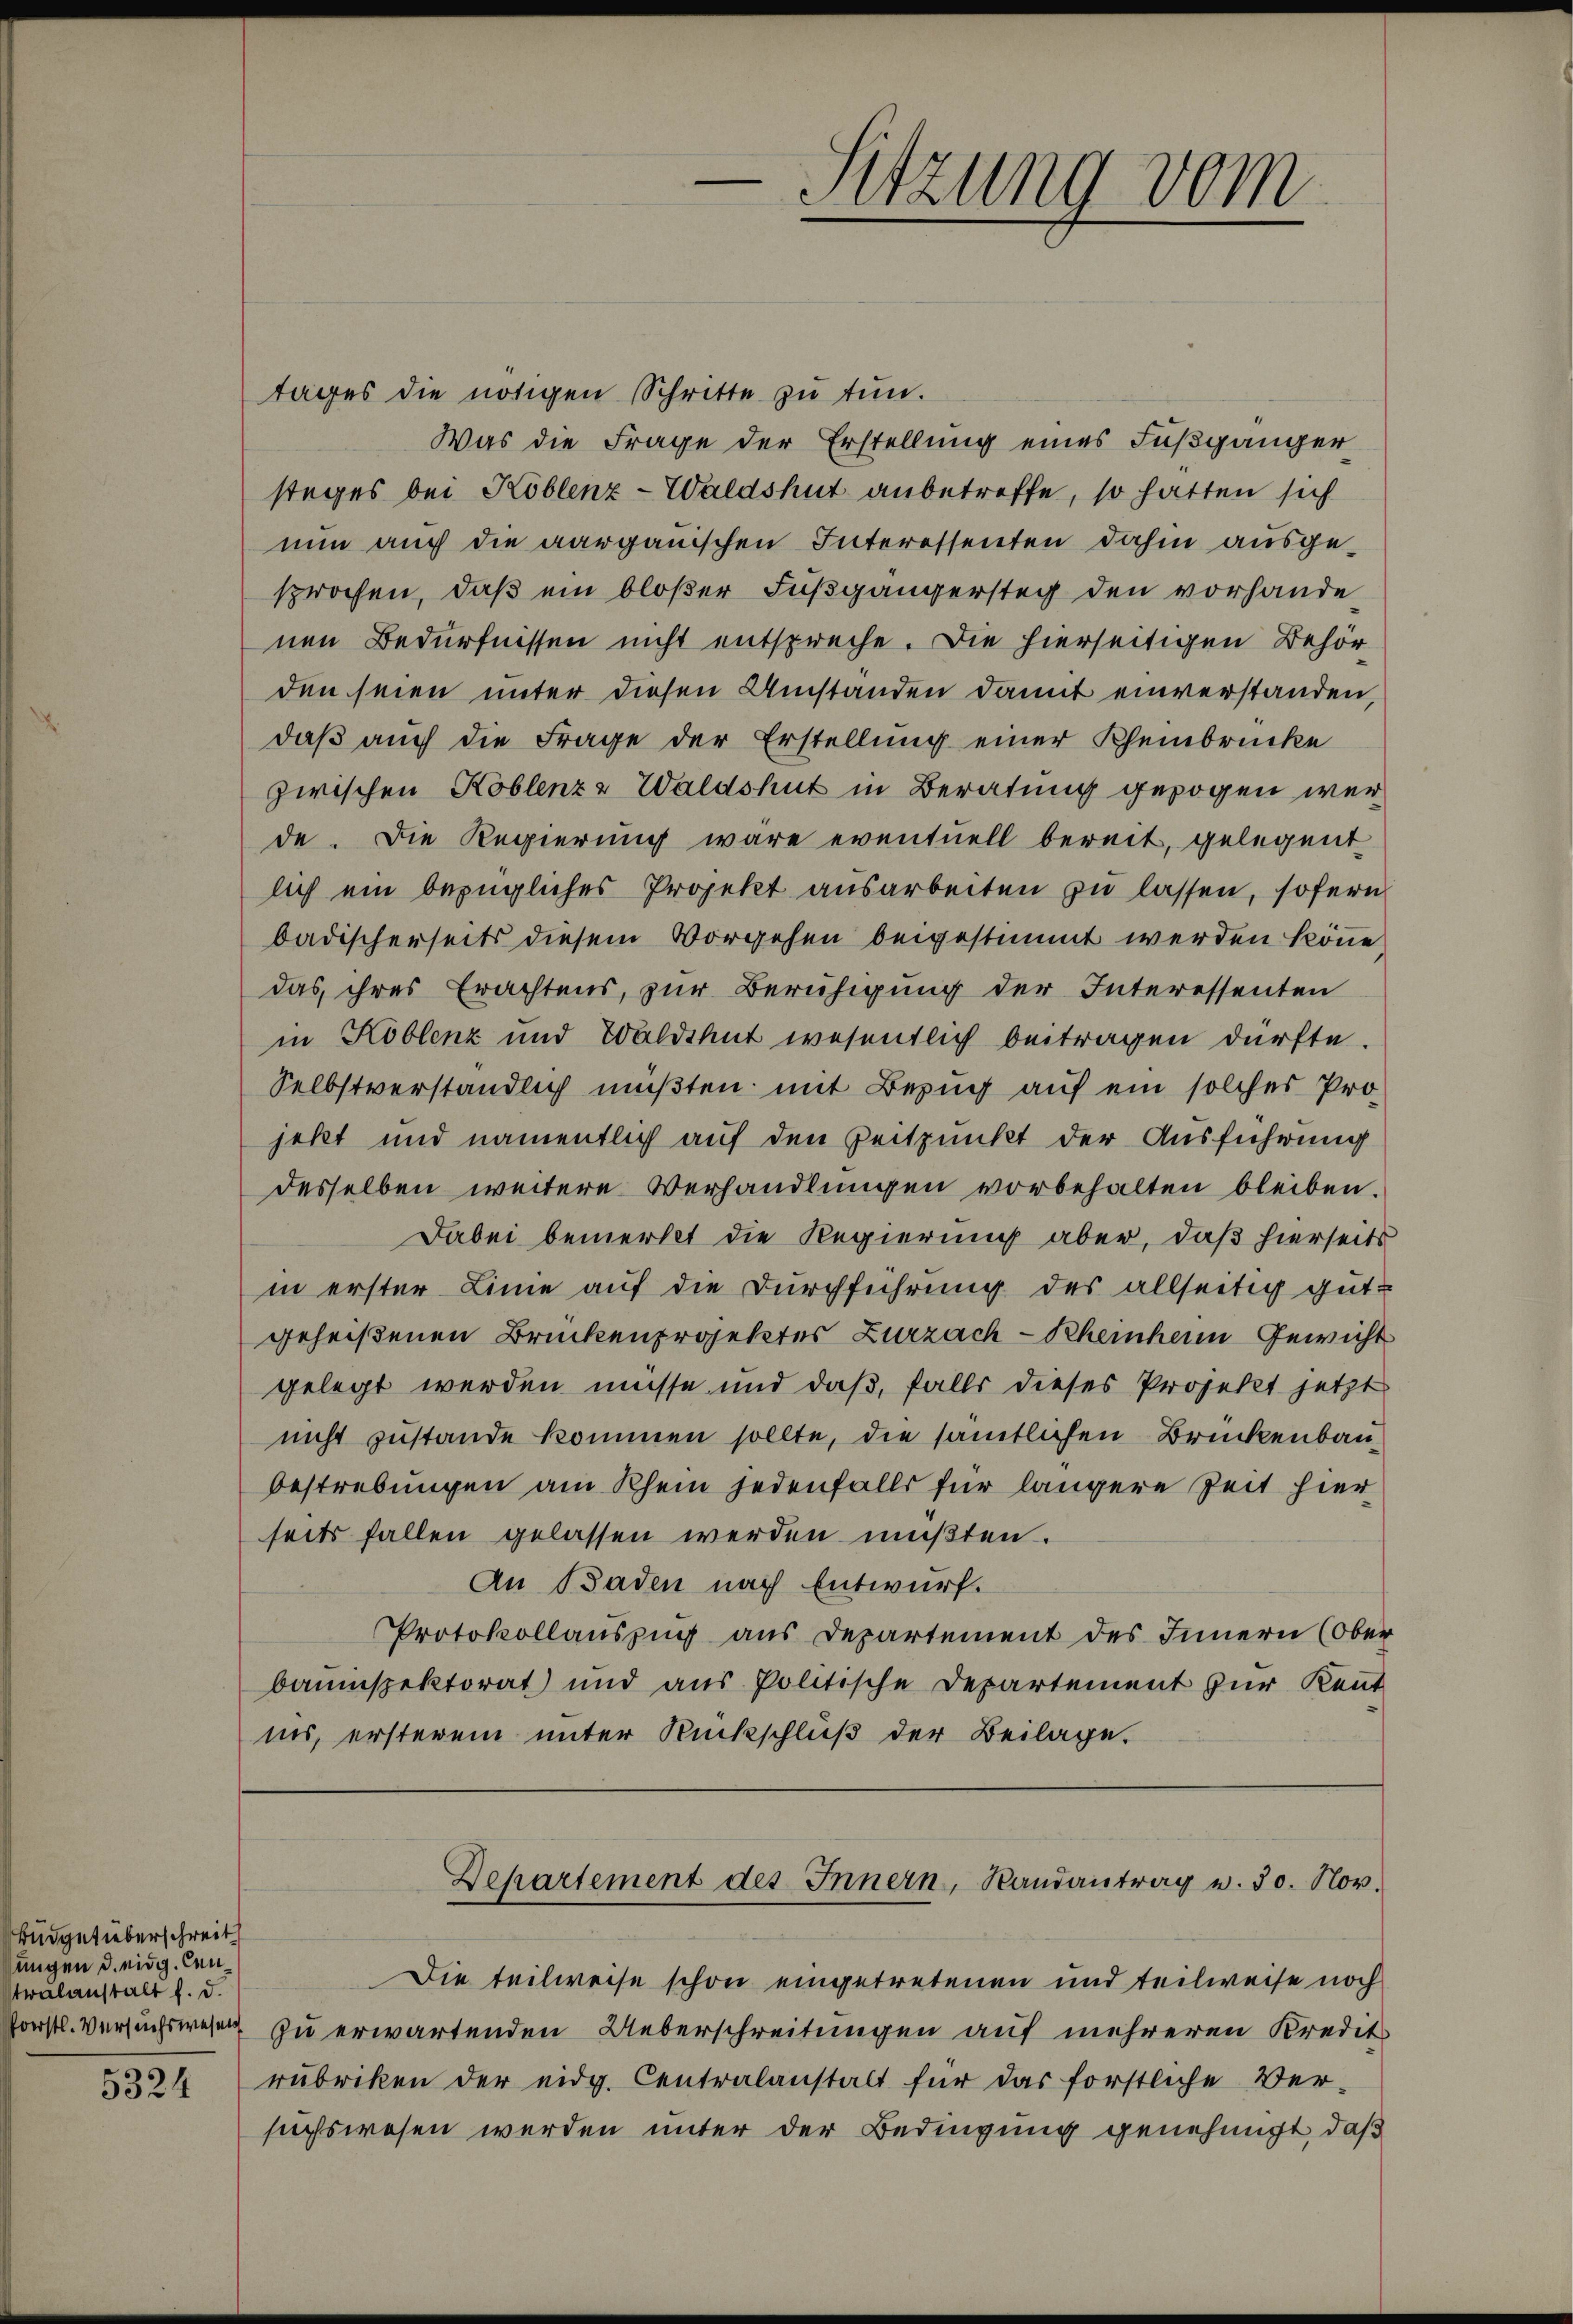
Büdgetüberschreit
ungen d. eidg. Cen
tralanstalt f. d.
fverstl. Versuchswesen

5324

tages die nötigen Schritte zu tun.
Was die Frage der Erstellung eines Fußgänger
stages bei Koblenz-Waldshut anbetreffe, so hatten sich
nun auch die aargauischen Interessenten dahin ausgesprochen, daß ein bloßer Fußgängersteg den vorhande
nen Bedürfnissen nicht entspreche. Die hierseitigen Behörden seien unter diesen Umstanden damit einverstanden,
daβ aŭch die Frage der Erstellung einer Rheinbrücke
zwischen Koblenze Waldshut in Beratung gezogen werde. Die Regierung wäre eventuell bereit, gelegent
lich ein bezügliches Projekt ausarbeiten zu lassen, sofern
badischerseits diesem Vorgehen beigestimmt werden könne,
das ihres Erachtens, zur Beruhigung der Interessenten
in Koblenz und Waldshut wesentlich beitragen dürfte.
Selbstverständlich müßten mit Bezug auf ein solches Pro-
jekt und namentlich auf den Zeitpunkt der Ausführung
desselben weitere Verhandlungen vorbehalten bleiben.
Dabei bemerkt die Regierung aber, daß hierseits
in erster Linie auf die Durchführung des allseitig gutgeheißenen Brückenprojektes Zurzach - Rheinheim Gewicht
gelegt werden müsse und daß, falls dieses Projekt jetzt
nicht zustande kommen sollte, die sämtlichen Brückenbaubestrebungen am Rhein jedenfalls für längere Zeit hier
seits fallen gelassen werden mußten.
An Baden nach Entwurf.
Protokollauszug aus Departement des Innern (Ober
bauinspektorat und aus Politische Departement zur Kennt
ins, ersterem unter Rückschluß der Beilage.

Sitzung vom

Departement des Innern, Randantrag v. 30. Nov.

Die teilweise schon eingetretenen und teilweise noch
zu erwartenden Ueberschreitungen auf mehreren Kredit
rubriken der eidg. Centralanstalt für das förstliche Ver-
suchswesen werden unter der Bedingung genehmigt, daß